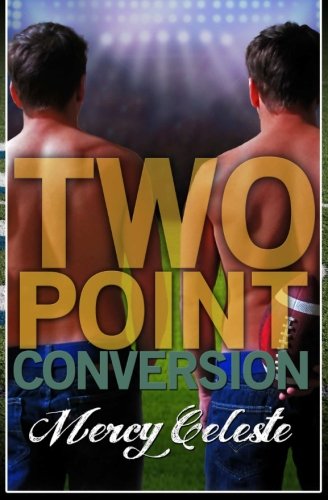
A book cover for Two Point Conversion; Mercy Celeste; Romance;